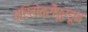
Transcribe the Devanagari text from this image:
त्रिहोत्रीपूरहून